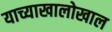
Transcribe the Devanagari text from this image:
याच्याखालोखाल